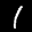
Label: 1